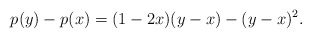
\begin{align*}p(y) - p(x) = (1 - 2x)(y - x) - (y - x)^2.\end{align*}